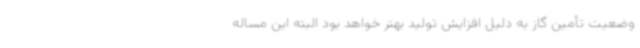
وضعیت تأمین گاز به دلیل افزایش تولید بهتر خواهد بود البته این مساله